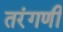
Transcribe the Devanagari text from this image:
तरंगणी